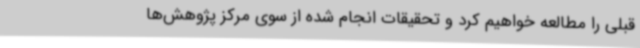
قبلی را مطالعه خواهیم کرد و تحقیقات انجام شده از سوی مرکز پژوهش‌ها